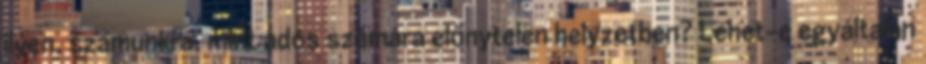
ilyen, számunkra, mint adós számára előnytelen helyzetben? Lehet-e egyáltalán